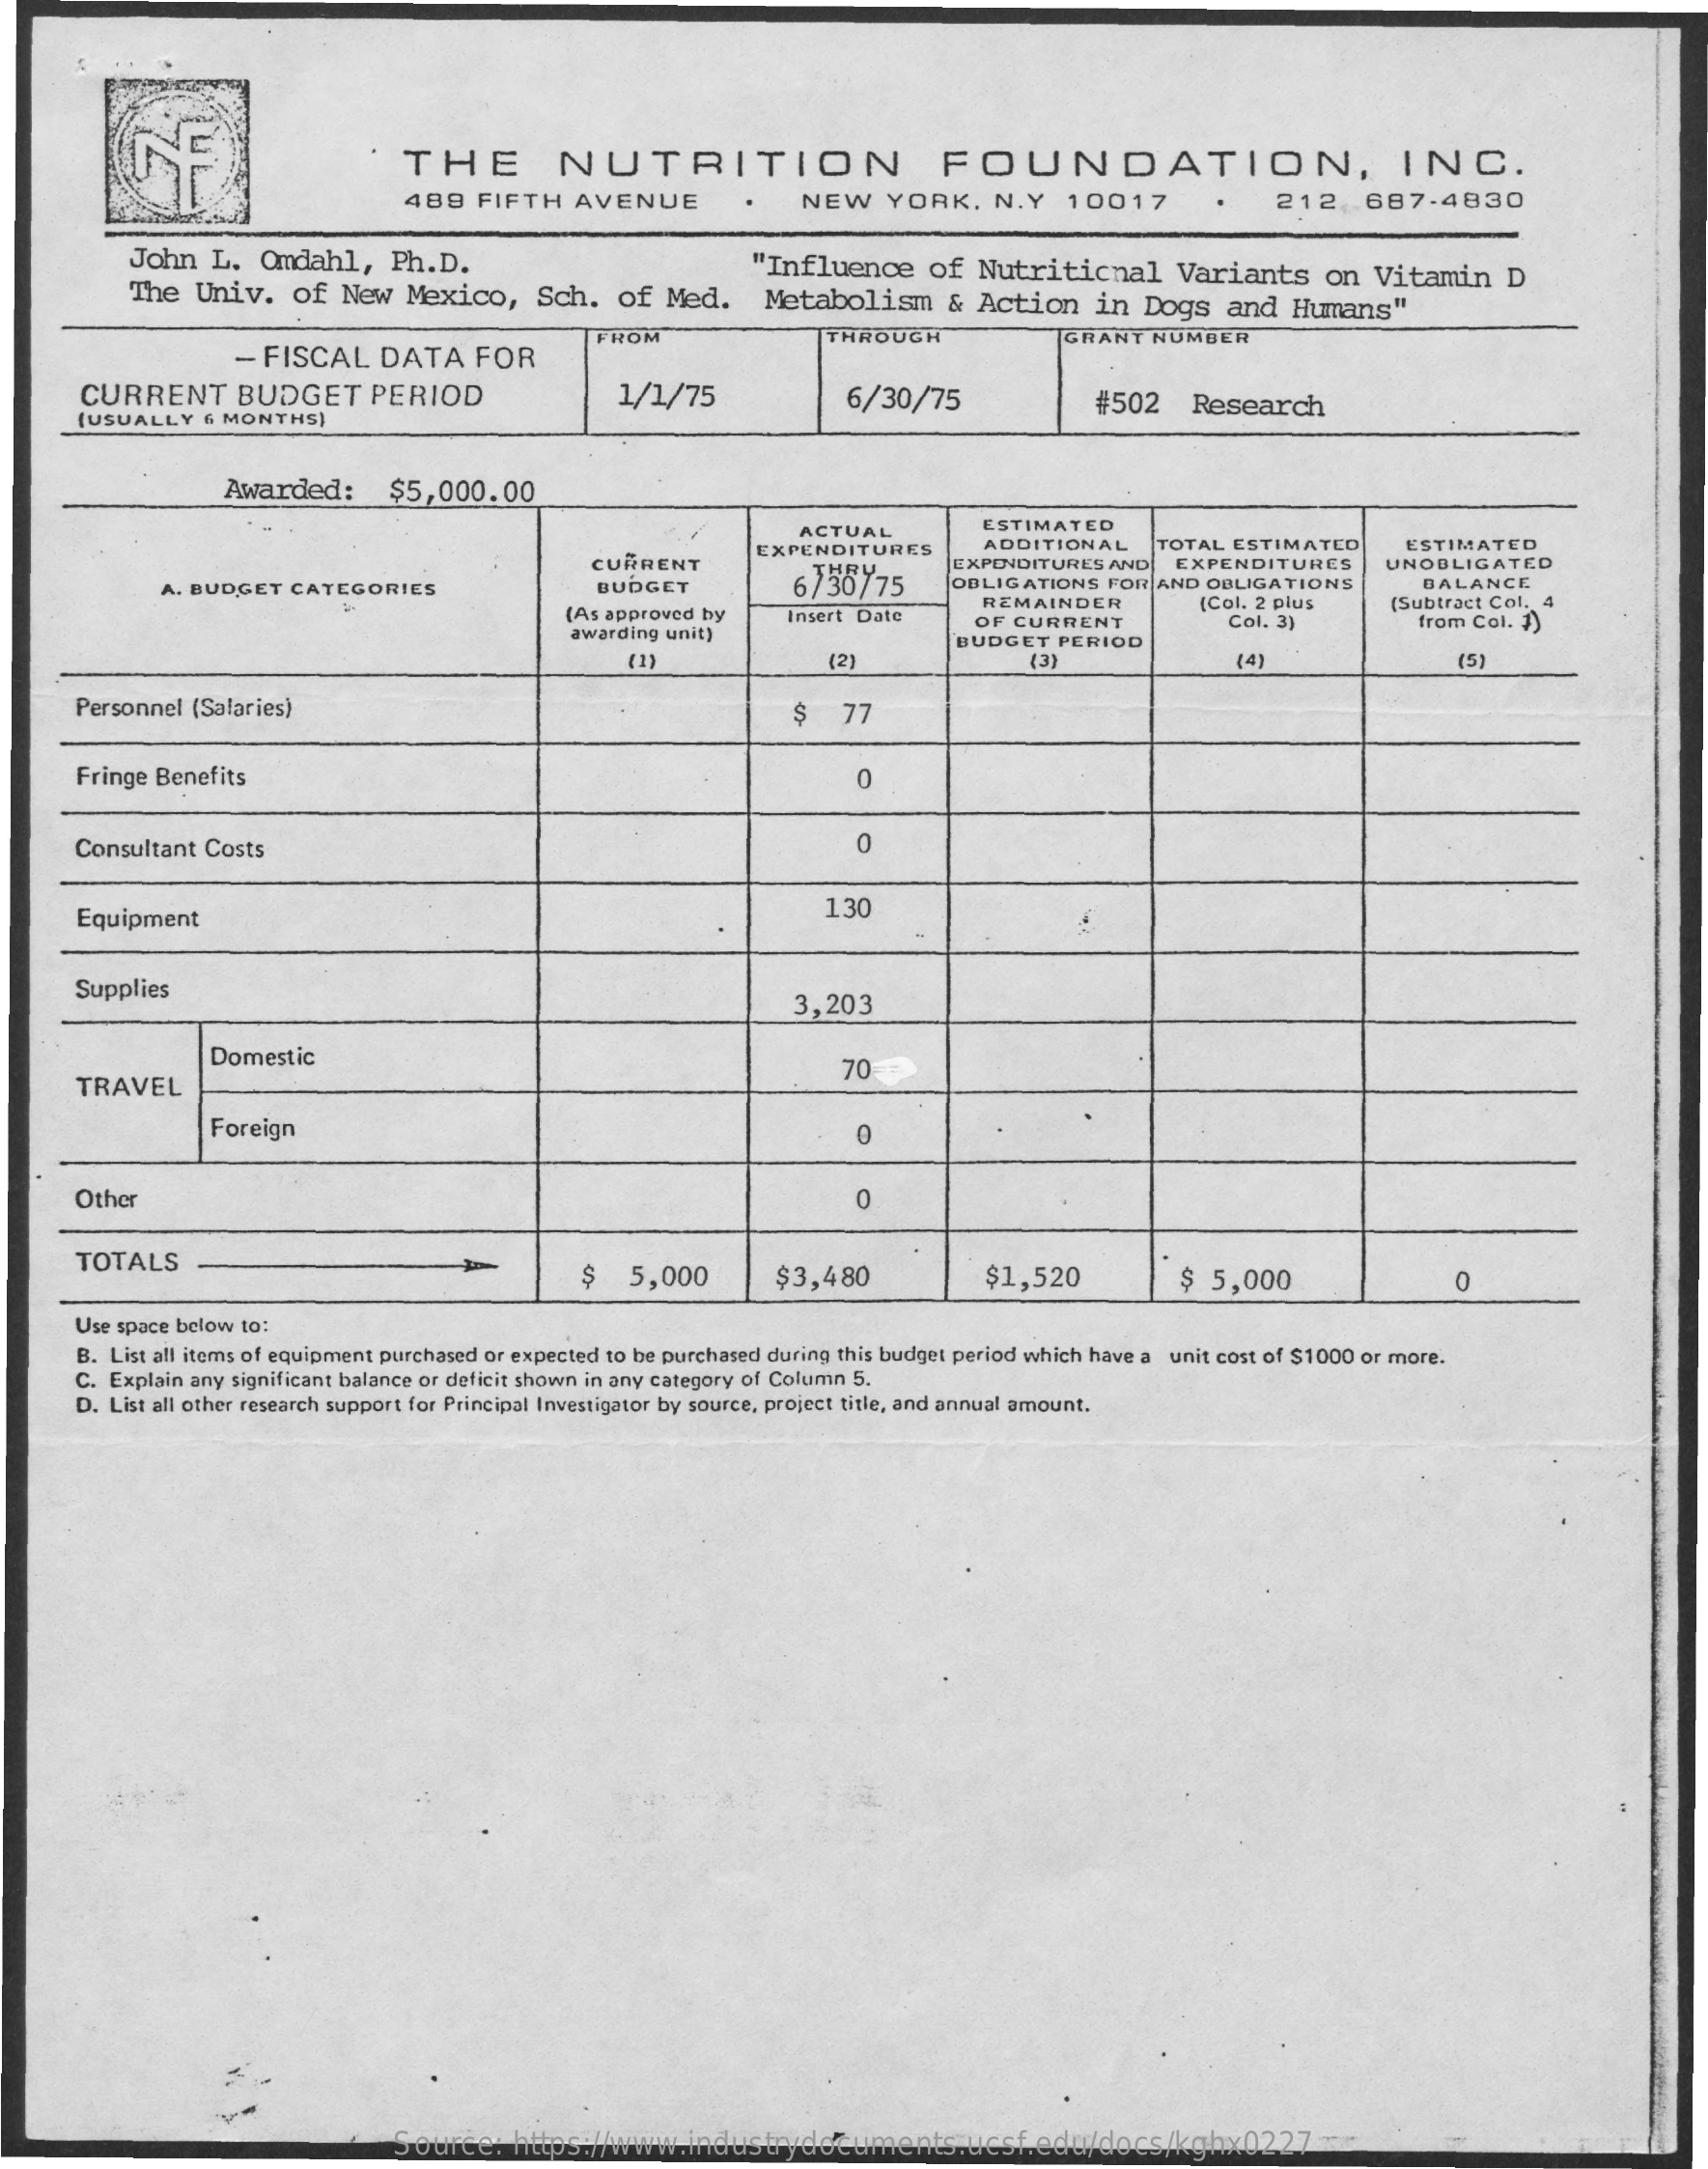
THE    NUTRITION    FOUNDATION,    INC.
     489  FIFTH    AVENUE    NEW    YORK,   N.Y   10017    212,687-4830
     John  L.  Omdahl,   Ph.D.
     The  Univ.   of  New  Mexico,    Sch.  of  Med.
     "Influence    of  Nutritional    Variants    on  Vitamin    D
     Metabolism    & Action    in Dogs   and  Humans"
     - FISCAL    DATA   FOR
     FROM    THROUGH    GRANT  NUMBER
     CURRENT    BUDGET    PERIOD    1/1/75    6/30/75
     (USUALLY 6 MONTHS)
     #502   Research
     Awarded:    $5,000.00
     ACTUAL    ESTIMATED
     CURRENT
     EXPENDITURES    ADDITIONAL    TOTAL ESTIMATED
     EXPENDITURES AND  EXPENDITURES
     ESTIMATED
     A. BUDGET CATEGORIES    BUDGET    6/36775    OBLIGATIONS  FOR AND OBLIGATIONS
     UNOBLIGATED
     (As approved by
     REMAINDER    (Col. 2 plus
     BALANCE
     (Subtract Col. 4
     awarding unit)
     Insert Date    OF CURRENT
     BUDGET  PERIOD
     Col. 3)    from Col. 1)
     (1)    (21    (3)    (4)    (5)
     Personnel (Salaries)    $   77
     Fringe Benefits    0
     Consultant Costs    0
     Equipment    130
     Supplies
     3,203
     Domestic
     TRAVEL
     70-
     Foreign    0
     Other    0
     TOTALS
     5,000    $3,480    $1,520    $ 5,000    O
     Use space below to:
     B. List all items of equipment purchased or expected to be purchased during this budget period which have a unit cost of $1000 or more.
     C. Explain any significant balance or deficit shown in any category of Column 5.
     D. List all other research support for Principal Investigator by source, project title, and annual amount.
     Source:   https://www.industrydocuments.ucsf.edu/docs/kghx0227